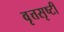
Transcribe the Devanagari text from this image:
वृत्तसृष्टी